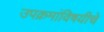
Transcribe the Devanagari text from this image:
उपक्रमांविषयीचे